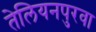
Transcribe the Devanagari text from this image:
तेलियनपुरवा